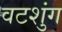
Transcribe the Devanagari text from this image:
वटशुंग